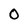
Character: 0